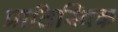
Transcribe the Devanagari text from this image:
प्रातिस्विक